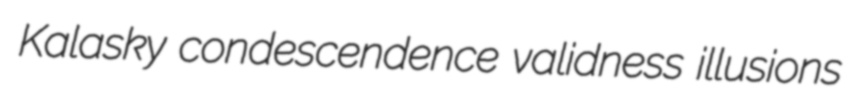
Kalasky condescendence validness illusions